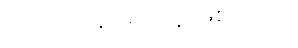
အင်မတန်ရဲရင့်သူ ဖြစ်သည်။